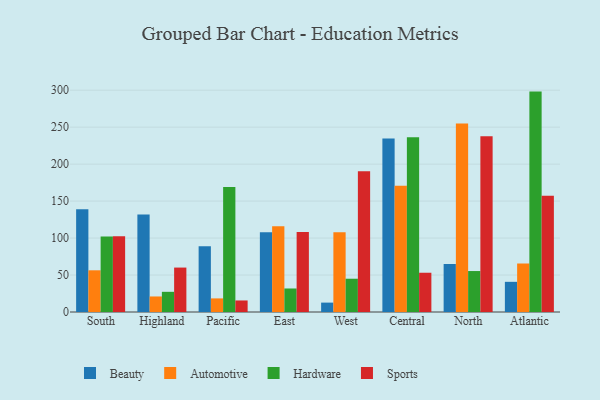
{"axis": {"x": "Region", "y": "Headcount"}, "legend": ["Automotive", "Beauty", "Hardware", "Sports"], "data": [{"x": "South", "y": 139.0, "type": "Beauty"}, {"x": "South", "y": 56.4, "type": "Automotive"}, {"x": "South", "y": 102.2, "type": "Hardware"}, {"x": "South", "y": 102.3, "type": "Sports"}, {"x": "Highland", "y": 131.8, "type": "Beauty"}, {"x": "Highland", "y": 21.0, "type": "Automotive"}, {"x": "Highland", "y": 27.3, "type": "Hardware"}, {"x": "Highland", "y": 60.1, "type": "Sports"}, {"x": "Pacific", "y": 89.0, "type": "Beauty"}, {"x": "Pacific", "y": 18.4, "type": "Automotive"}, {"x": "Pacific", "y": 168.9, "type": "Hardware"}, {"x": "Pacific", "y": 15.6, "type": "Sports"}, {"x": "East", "y": 107.8, "type": "Beauty"}, {"x": "East", "y": 116.1, "type": "Automotive"}, {"x": "East", "y": 31.8, "type": "Hardware"}, {"x": "East", "y": 108.3, "type": "Sports"}, {"x": "West", "y": 12.7, "type": "Beauty"}, {"x": "West", "y": 107.7, "type": "Automotive"}, {"x": "West", "y": 45.0, "type": "Hardware"}, {"x": "West", "y": 190.4, "type": "Sports"}, {"x": "Central", "y": 234.7, "type": "Beauty"}, {"x": "Central", "y": 170.7, "type": "Automotive"}, {"x": "Central", "y": 236.2, "type": "Hardware"}, {"x": "Central", "y": 53.1, "type": "Sports"}, {"x": "North", "y": 64.9, "type": "Beauty"}, {"x": "North", "y": 255.1, "type": "Automotive"}, {"x": "North", "y": 55.4, "type": "Hardware"}, {"x": "North", "y": 237.8, "type": "Sports"}, {"x": "Atlantic", "y": 40.8, "type": "Beauty"}, {"x": "Atlantic", "y": 65.6, "type": "Automotive"}, {"x": "Atlantic", "y": 298.1, "type": "Hardware"}, {"x": "Atlantic", "y": 157.1, "type": "Sports"}]}